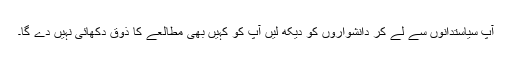
آپ سیاستدانوں سے لے کر دانشواروں کو دیکھ لیں آپ کو کہیں بھی مطالعے کا ذوق دکھائی نہیں دے گا۔